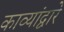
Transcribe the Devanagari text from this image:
काव्यांद्वारे